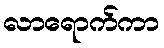
လာရောက်ကာ